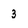
Character: 3